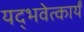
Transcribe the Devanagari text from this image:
यद्भवेत्कार्यं